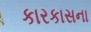
કારકાસના